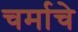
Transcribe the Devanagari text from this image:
चर्माचे